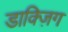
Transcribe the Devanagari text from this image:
डाक्ज़िग